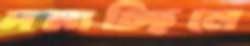
দমাচ্ছিলে